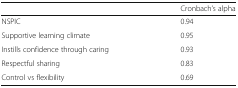
<table><thead><tr><td></td><td><b>Cronbach’s alpha</b></td></tr></thead><tbody><tr><td>NSPIC</td><td>0.94</td></tr><tr><td>Supportive learning climate</td><td>0.95</td></tr><tr><td>Instills confidence through caring</td><td>0.93</td></tr><tr><td>Respectful sharing</td><td>0.83</td></tr><tr><td>Control vs flexibility</td><td>0.69</td></tr></tbody></table>